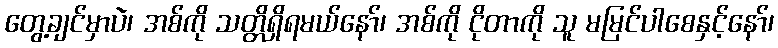
တွေ့ချင်မှာပဲ၊ အစ်ကို သတ္တိရှိရမယ်နော်၊ အစ်ကို ငိုတာကို သူ မမြင်ပါစေနှင့်နော်၊